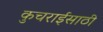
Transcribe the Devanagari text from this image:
कुचराईसाठी